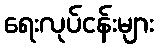
ရေးလုပ်ငန်းများ